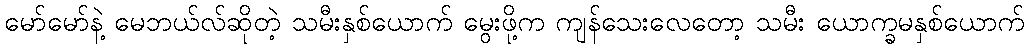
မော်မော်နဲ့ မေဘယ်လ်ဆိုတဲ့ သမီးနှစ်ယောက် မွေးဖို့က ကျန်သေးလေတော့ သမီး ယောက္ခမနှစ်ယောက်